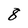
Character: 8